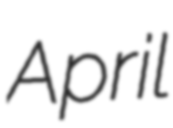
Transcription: April